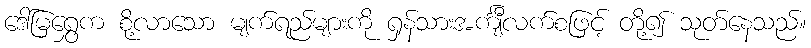
ဒေါ်မြရွှေက စို့လာသော မျက်ရည်များကို ရှန်သားအင်္ကျီလက်စဖြင့် တို့၍ သုတ်နေသည်။